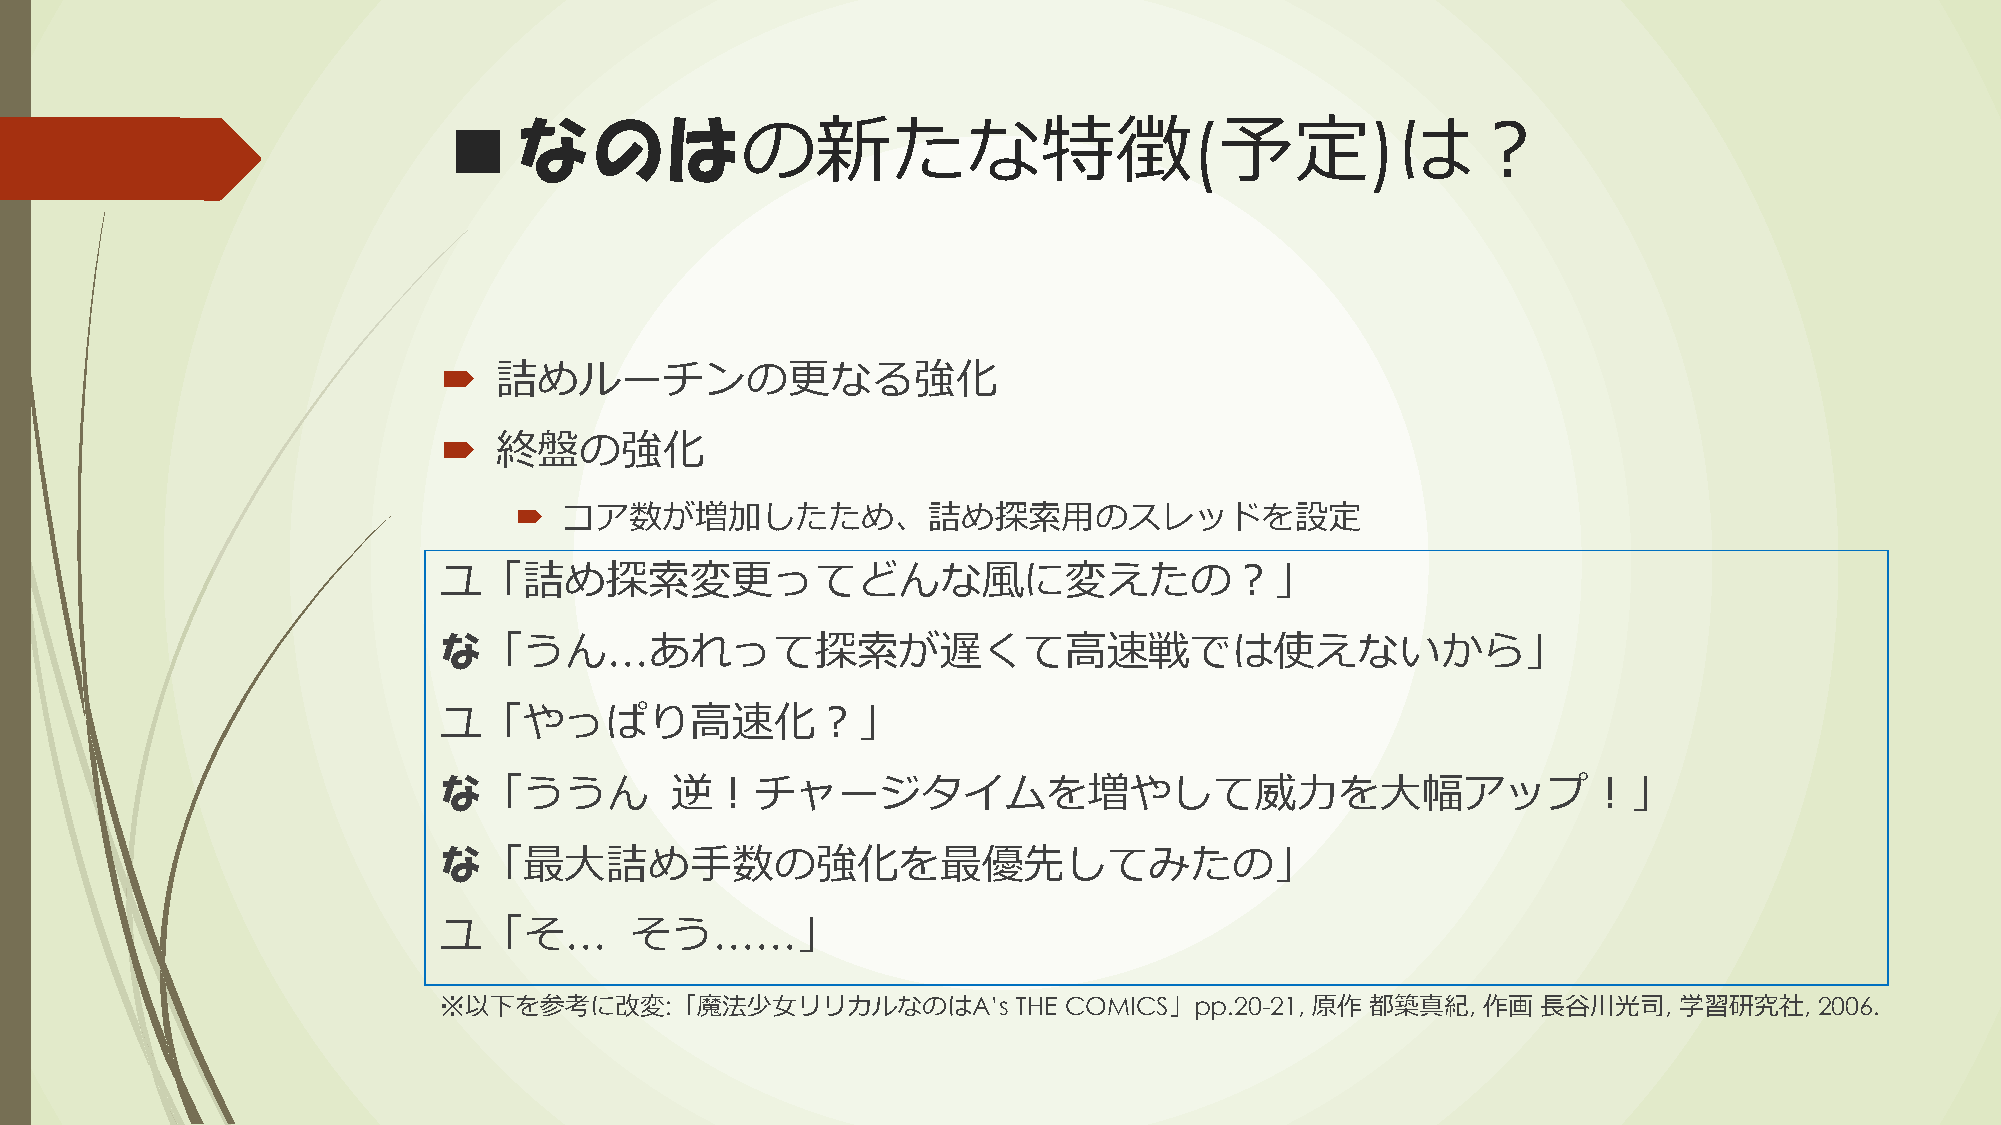
■なのはの新たな特徴                                        (予定         )は？
    詰めルーチンの更なる強化
    終盤の強化
   コア数が増加したため、詰め探索用のスレッドを設定
 ユ「詰め探索変更ってどんな風に変えたの？」
 な「うん…あれって探索が遅くて高速戦では使えないから」
 ユ「やっぱり高速化？」
 な「ううん          逆！チャージタイムを増やして威力を大幅アップ！」
 な「最大詰め手数の強化を最優先してみたの」
 ユ「そ…         そう……」
 ※以下を参考に改変:「魔法少女リリカルなのはA’s             THE COMICS」pp.20-21, 原作 都築真紀,  作画  長谷川光司,   学習研究社,   2006.